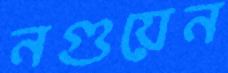
নগুয়েন